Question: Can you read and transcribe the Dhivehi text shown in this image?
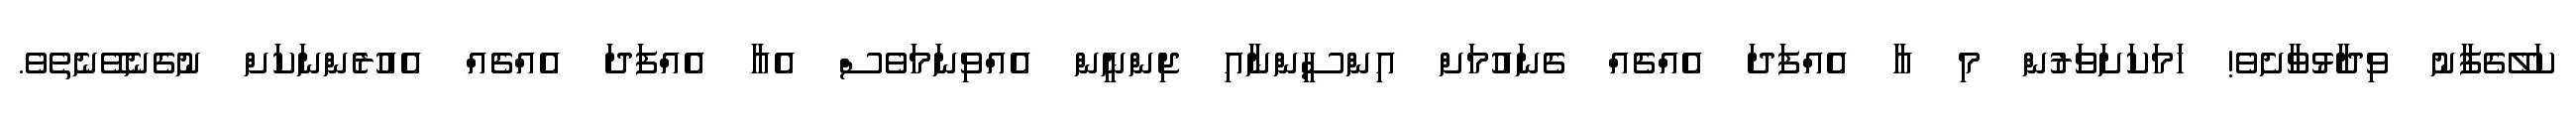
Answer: ކަލޭގެފާނު ވިދާޅުވާށެވެ! ހަމަކަށަވަރުން މި އާ އެއްފަދަ އެއްޗެއް ގެނައުމަށް އިންސީންނާއި ޖިންނީން އެއްވިނަމަވެސް އެއާ އެއްފަދަ އެއްޗެއް އެއުރެންނަކަށް ނުގެނެވޭނެތެވެ.